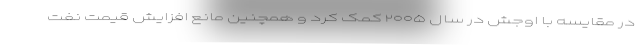
در مقایسه با اوجش در سال ۲۰۰۵ کمک کرد و همچنین مانع افزایش قیمت نفت